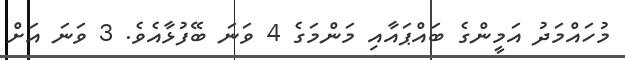
މުހައްމަދު އަމީންގެ ބައްޕައާއި މަންމަގެ 4 ވަނަ ބޭފުޅާއެވެ. 3 ވަނަ އަށް